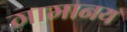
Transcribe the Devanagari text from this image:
गामानय